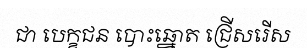
ជា បេក្ខជន បោះឆ្នោត ជ្រើសរើស